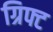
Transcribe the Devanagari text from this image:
ग्रिफ्ट